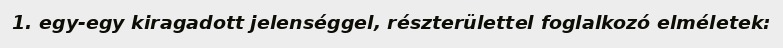
1. egy-egy kiragadott jelenséggel, részterülettel foglalkozó elméletek: